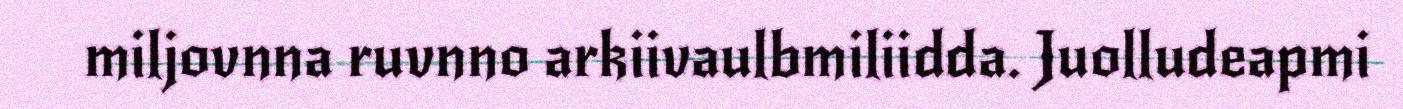
miljovnna ruvnno arkiivaulbmiliidda. Juolludeapmi